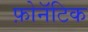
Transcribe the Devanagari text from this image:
फ़ोनॅटिक